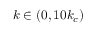
k \in ( 0 , 1 0 k _ { c } )